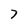
Character: 7